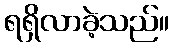
ရရှိလာခဲ့သည်။